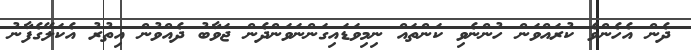
ދެން އެހެންވެ ކުރައްވަން ހުންނެވި ކަންތައް ނިމިވަޑައިގަންނަވަންދެން ޖަވާބު ދެއްވުން އިތުރު އެކަލޭގެފާނު